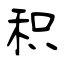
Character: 积